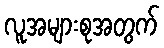
လူအများစုအတွက်